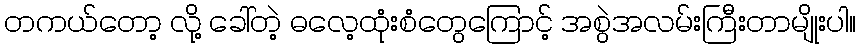
တကယ်တော့ လို့ ခေါ်တဲ့ ဓလေ့ထုံးစံတွေကြောင့် အစွဲအလမ်းကြီးတာမျိုးပါ။